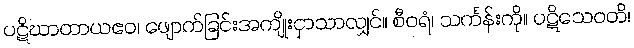
ပဋိဃာတာယဧဝ၊ ဖျောက်ခြင်းအကျိုးငှာသာလျှင်။ စီဝရံ၊ သင်္ကန်းကို။ ပဋိသေဝတိ၊